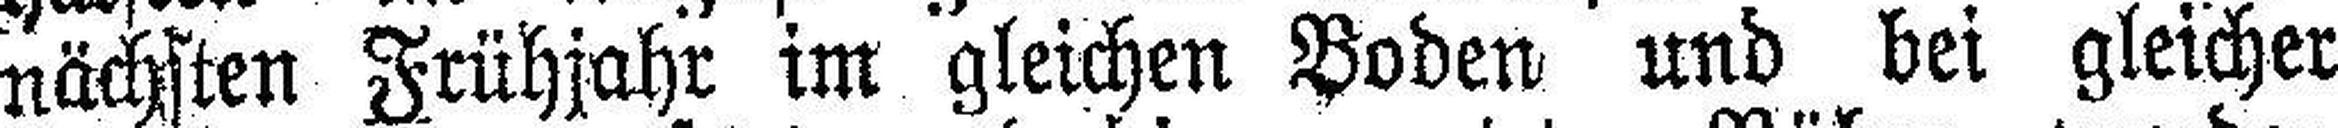
nächsten Frühjahr im gleichen Boden und bei gleicher